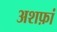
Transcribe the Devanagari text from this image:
अशफ़ां